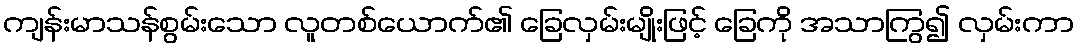
ကျန်းမာသန်စွမ်းသော လူတစ်ယောက်၏ ခြေလှမ်းမျိုးဖြင့် ခြေကို အသာကြွ၍ လှမ်းကာ